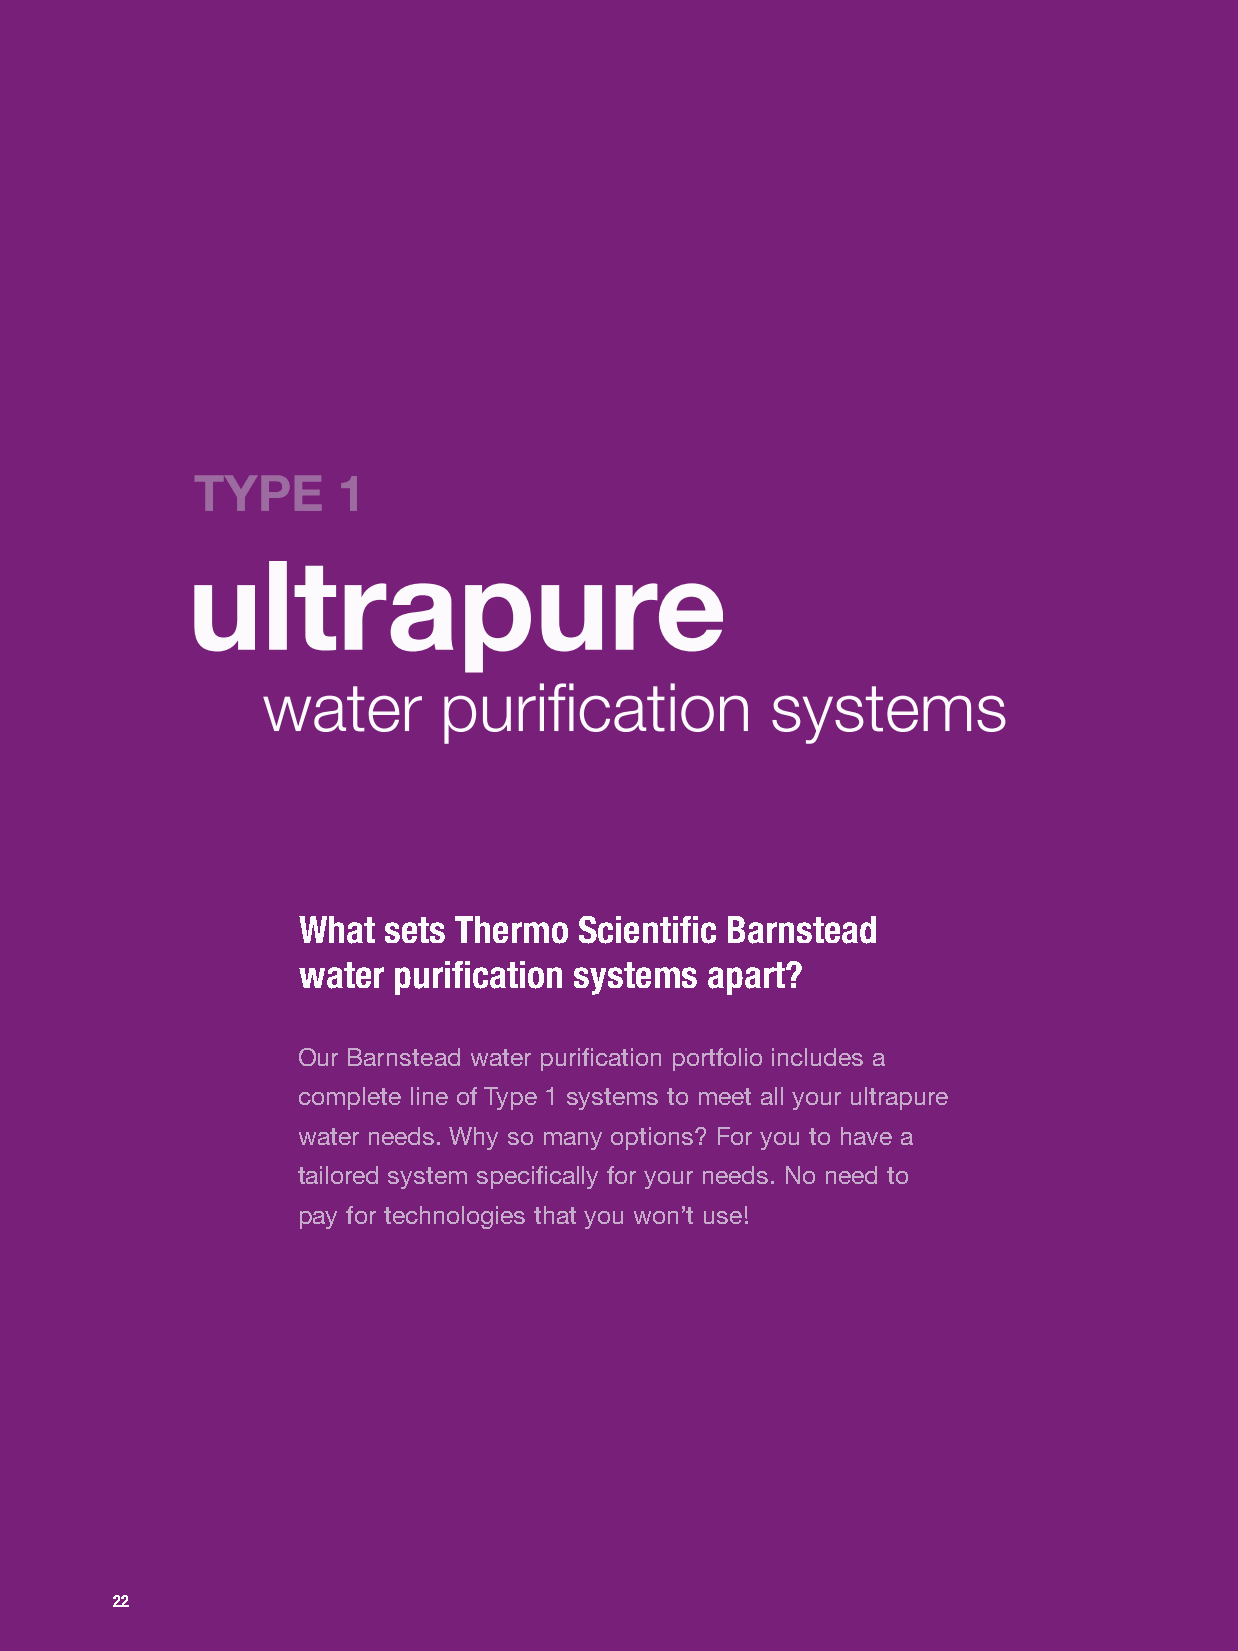
What sets Thermo  Scientific Barnstead
 water purification systems apart?
 Our Barnstead water purification portfolio includes a
 complete line of Type 1 systems to meet all your ultrapure
 water needs. Why so many options? For you to have a
 tailored system specifically for your needs. No need to
 pay for technologies that you won’t use!
 22